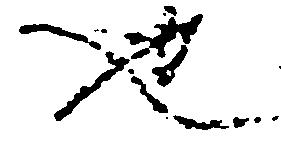
也